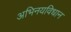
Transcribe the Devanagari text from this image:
अभिनयविधान